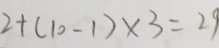
2 + ( 1 0 - 1 ) \times 3 = 2 9